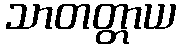
သာတတ္တာယ